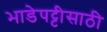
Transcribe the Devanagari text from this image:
भाडेपट्टीसाठी